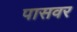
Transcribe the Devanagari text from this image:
पासवर